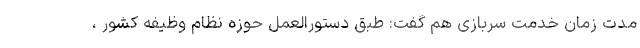
مدت زمان خدمت سربازی هم گفت: طبق دستورالعمل حوزه نظام وظیفه کشور ،